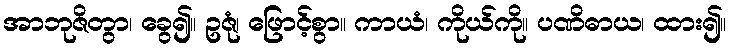
အာဘုဇိတွာ၊ ခွေ၍။ ဥဇုံ၊ ဖြောင့်စွာ။ ကာယံ၊ ကိုယ်ကို။ ပဏိဓာယ၊ ထား၍။